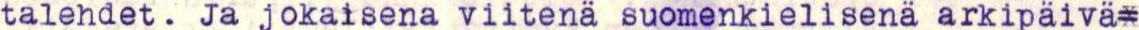
talehdet. Ja jokaisena viitenä suomenkielisenä arkipaivä=